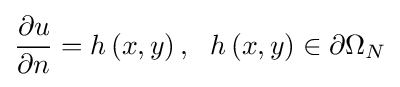
{\frac {\partial u}{\partial n}}=h\left(x,y\right),\ \ h\left(x,y\right)\in \partial \Omega _{N}